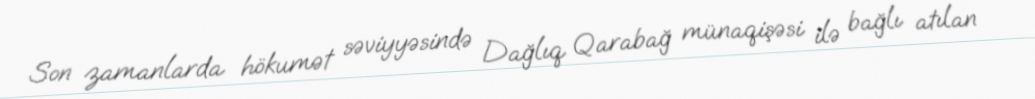
Son zamanlarda hökumət səviyyəsində Dağlıq Qarabağ münaqişəsi ilə bağlı atılan